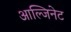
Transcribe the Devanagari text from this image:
आल्जिनेट